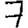
Digit: 7